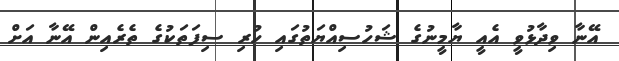
އޭނާ ވިދާޅުވީ އެއީ ޔާމީނުގެ ޝަހުސިއްޔަތުގައި ހުރި ސިފަތަކުގެ ތެރެއިން އޭނާ އަށް